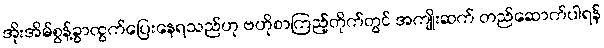
အိုးအိမ်စွန့်ခွာထွက်ပြေးနေရသည်ဟု ဗဟိုစာကြည့်တိုက်တွင် အကျိုးဆက် တည်ဆောက်ပါရန်